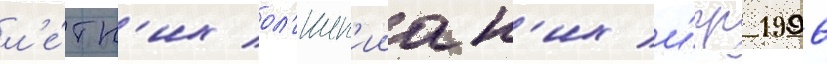
л'е́тн'их ол'имп'ииск'их и́гр 1996